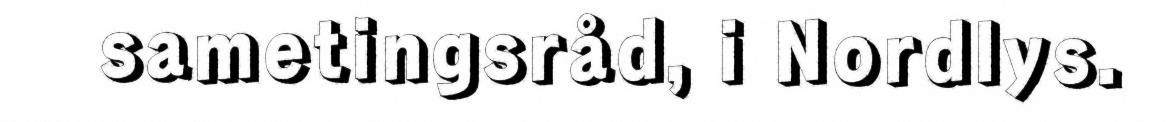
sametingsråd, i Nordlys.